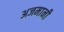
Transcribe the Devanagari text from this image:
अजमानी